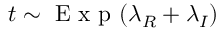
t \sim \mathrm { ~ E ~ x ~ p ~ } ( \lambda _ { R } + \lambda _ { I } )